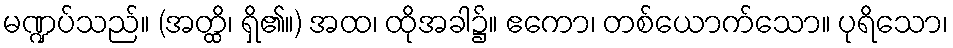
မဏ္ဍပ်သည်။ (အတ္ထိ၊ ရှိ၏။) အထ၊ ထိုအခါ၌။ ဧကော၊ တစ်ယောက်သော။ ပုရိသော၊